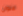
عنوان